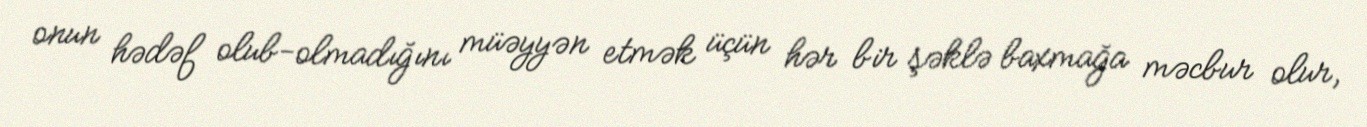
onun hədəf olub-olmadığını müəyyən etmək üçün hər bir şəklə baxmağa məcbur olur,